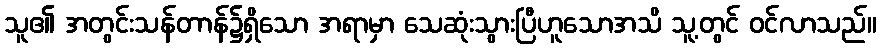
သူ၏ အတွင်းသန်တာန်၌ရှိသော အရာမှာ သေဆုံးသွားပြီဟူသောအသိ သူ့တွင် ဝင်လာသည်။